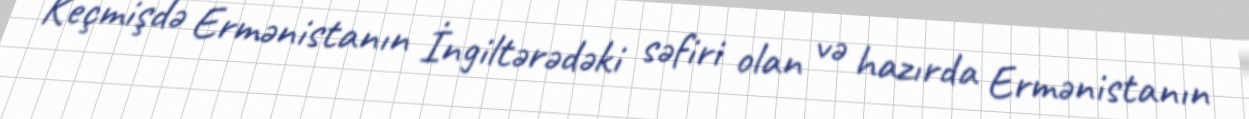
Keçmişdə Ermənistanın İngiltərədəki səfiri olan və hazırda Ermənistanın